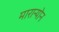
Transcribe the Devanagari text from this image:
मारान्योन